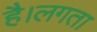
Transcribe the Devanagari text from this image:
है।लगता